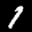
Label: 1